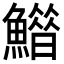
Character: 𩻶